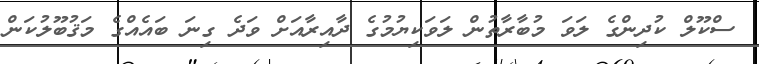
ސްކޫލް ކުދިންގެ ލަވަ މުބާރާތުން ލަވަކިޔުމުގެ ދާއިރާއަށް ވަދެ ގިނަ ބައެއްގެ މަޤުބޫލުކަން